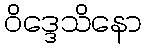
ဝိဒ္ဒေသိနော